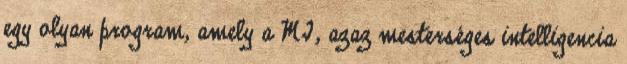
egy olyan program, amely a MI, azaz mesterséges intelligencia